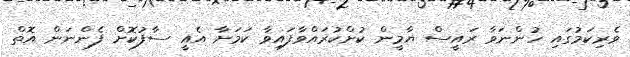
ވެރިކަމުގައި ހުންނަވާ ރައީސް ޔާމީން ކުށްކުރައްވާފައިވާ ކަމަށާ އެއީ ސާފުކޮށް ފެންނަން އޮތް